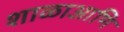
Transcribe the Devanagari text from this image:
शाळाआणि